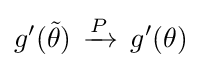
g'({\tilde {\theta }})\,\xrightarrow {P} \,g'(\theta )